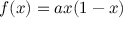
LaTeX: f ( x ) = a x ( 1 - x )